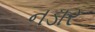
નડાર